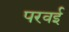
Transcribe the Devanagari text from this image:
परवई